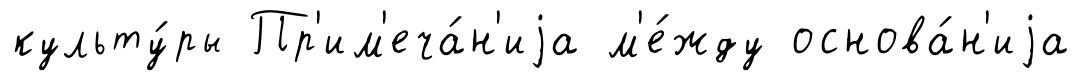
культу́ры Пр'им'еча́н'иjа м'е́жду основа́н'иjа